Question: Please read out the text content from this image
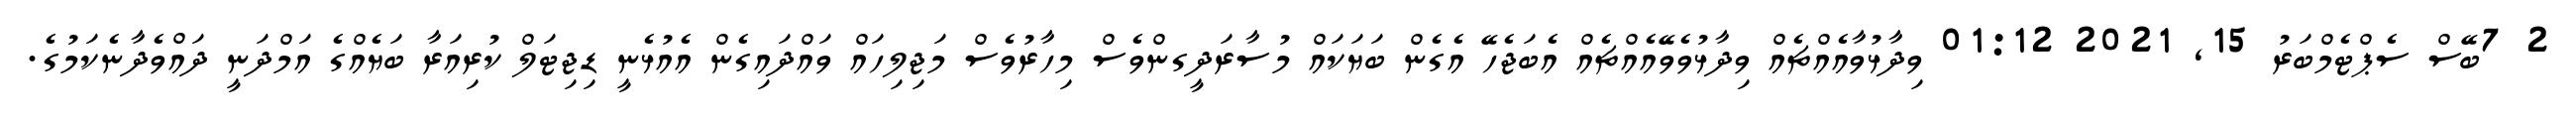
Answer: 2 7ބޭސް ސެޕްޓެމްބަރު 15, 2021 01:12 ވިދާޅުވާއެއްޗެއް ވިދާޅުވެވޭއެއްޗެއް އެބަޖެހޭ އެގެން ބަޔަކައް މުސާރަދީގންވެސް މިހާރުވެސް މަޖިލިހައް ވައްދައިގެން އެއުޅެނީ ޑިޖިޓަލް ކުރިއަރާ ބަޔެއްގެ އަމްދަނީ ދައްވެދާނެކަމުގެ.